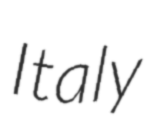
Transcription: Italy